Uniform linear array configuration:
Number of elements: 12
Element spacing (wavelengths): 1
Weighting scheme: exponential
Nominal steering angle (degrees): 60
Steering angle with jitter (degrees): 58.653
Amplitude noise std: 0.05
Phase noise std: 0.05

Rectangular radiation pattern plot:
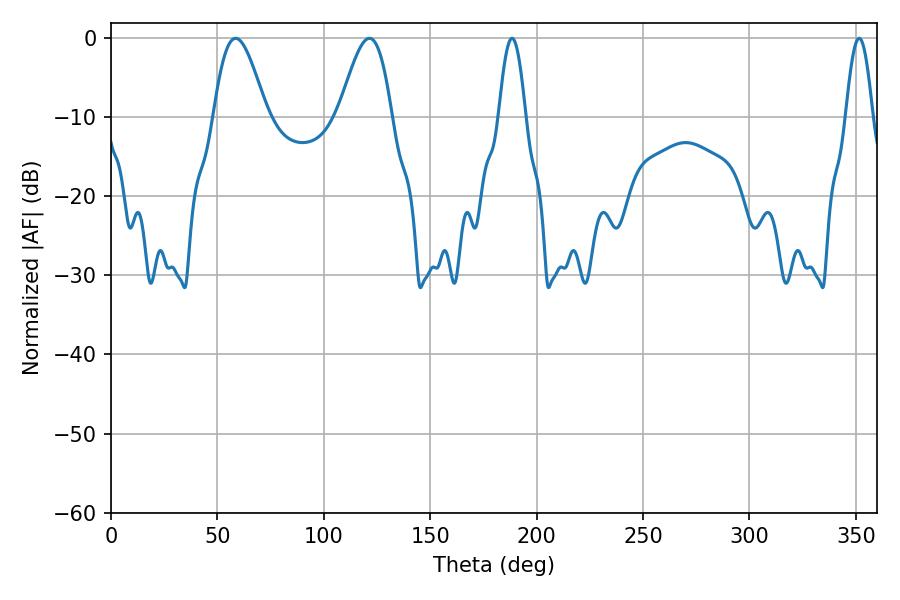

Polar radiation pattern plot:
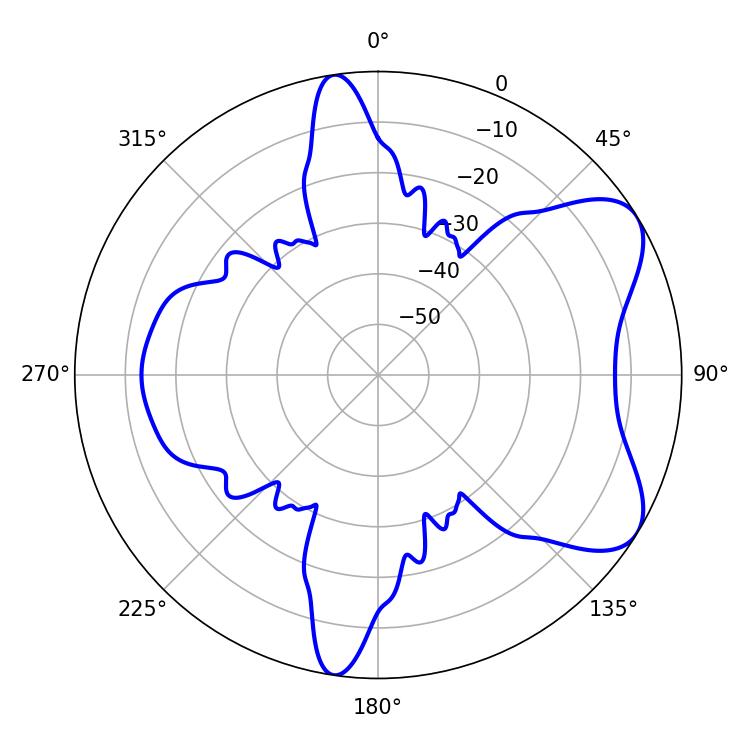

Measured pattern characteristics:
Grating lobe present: TRUE
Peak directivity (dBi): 6.967
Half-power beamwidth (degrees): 6.84
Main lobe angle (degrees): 188.46